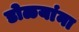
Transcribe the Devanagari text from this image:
डोळयांना